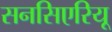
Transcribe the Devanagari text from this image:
सनसिएरियू